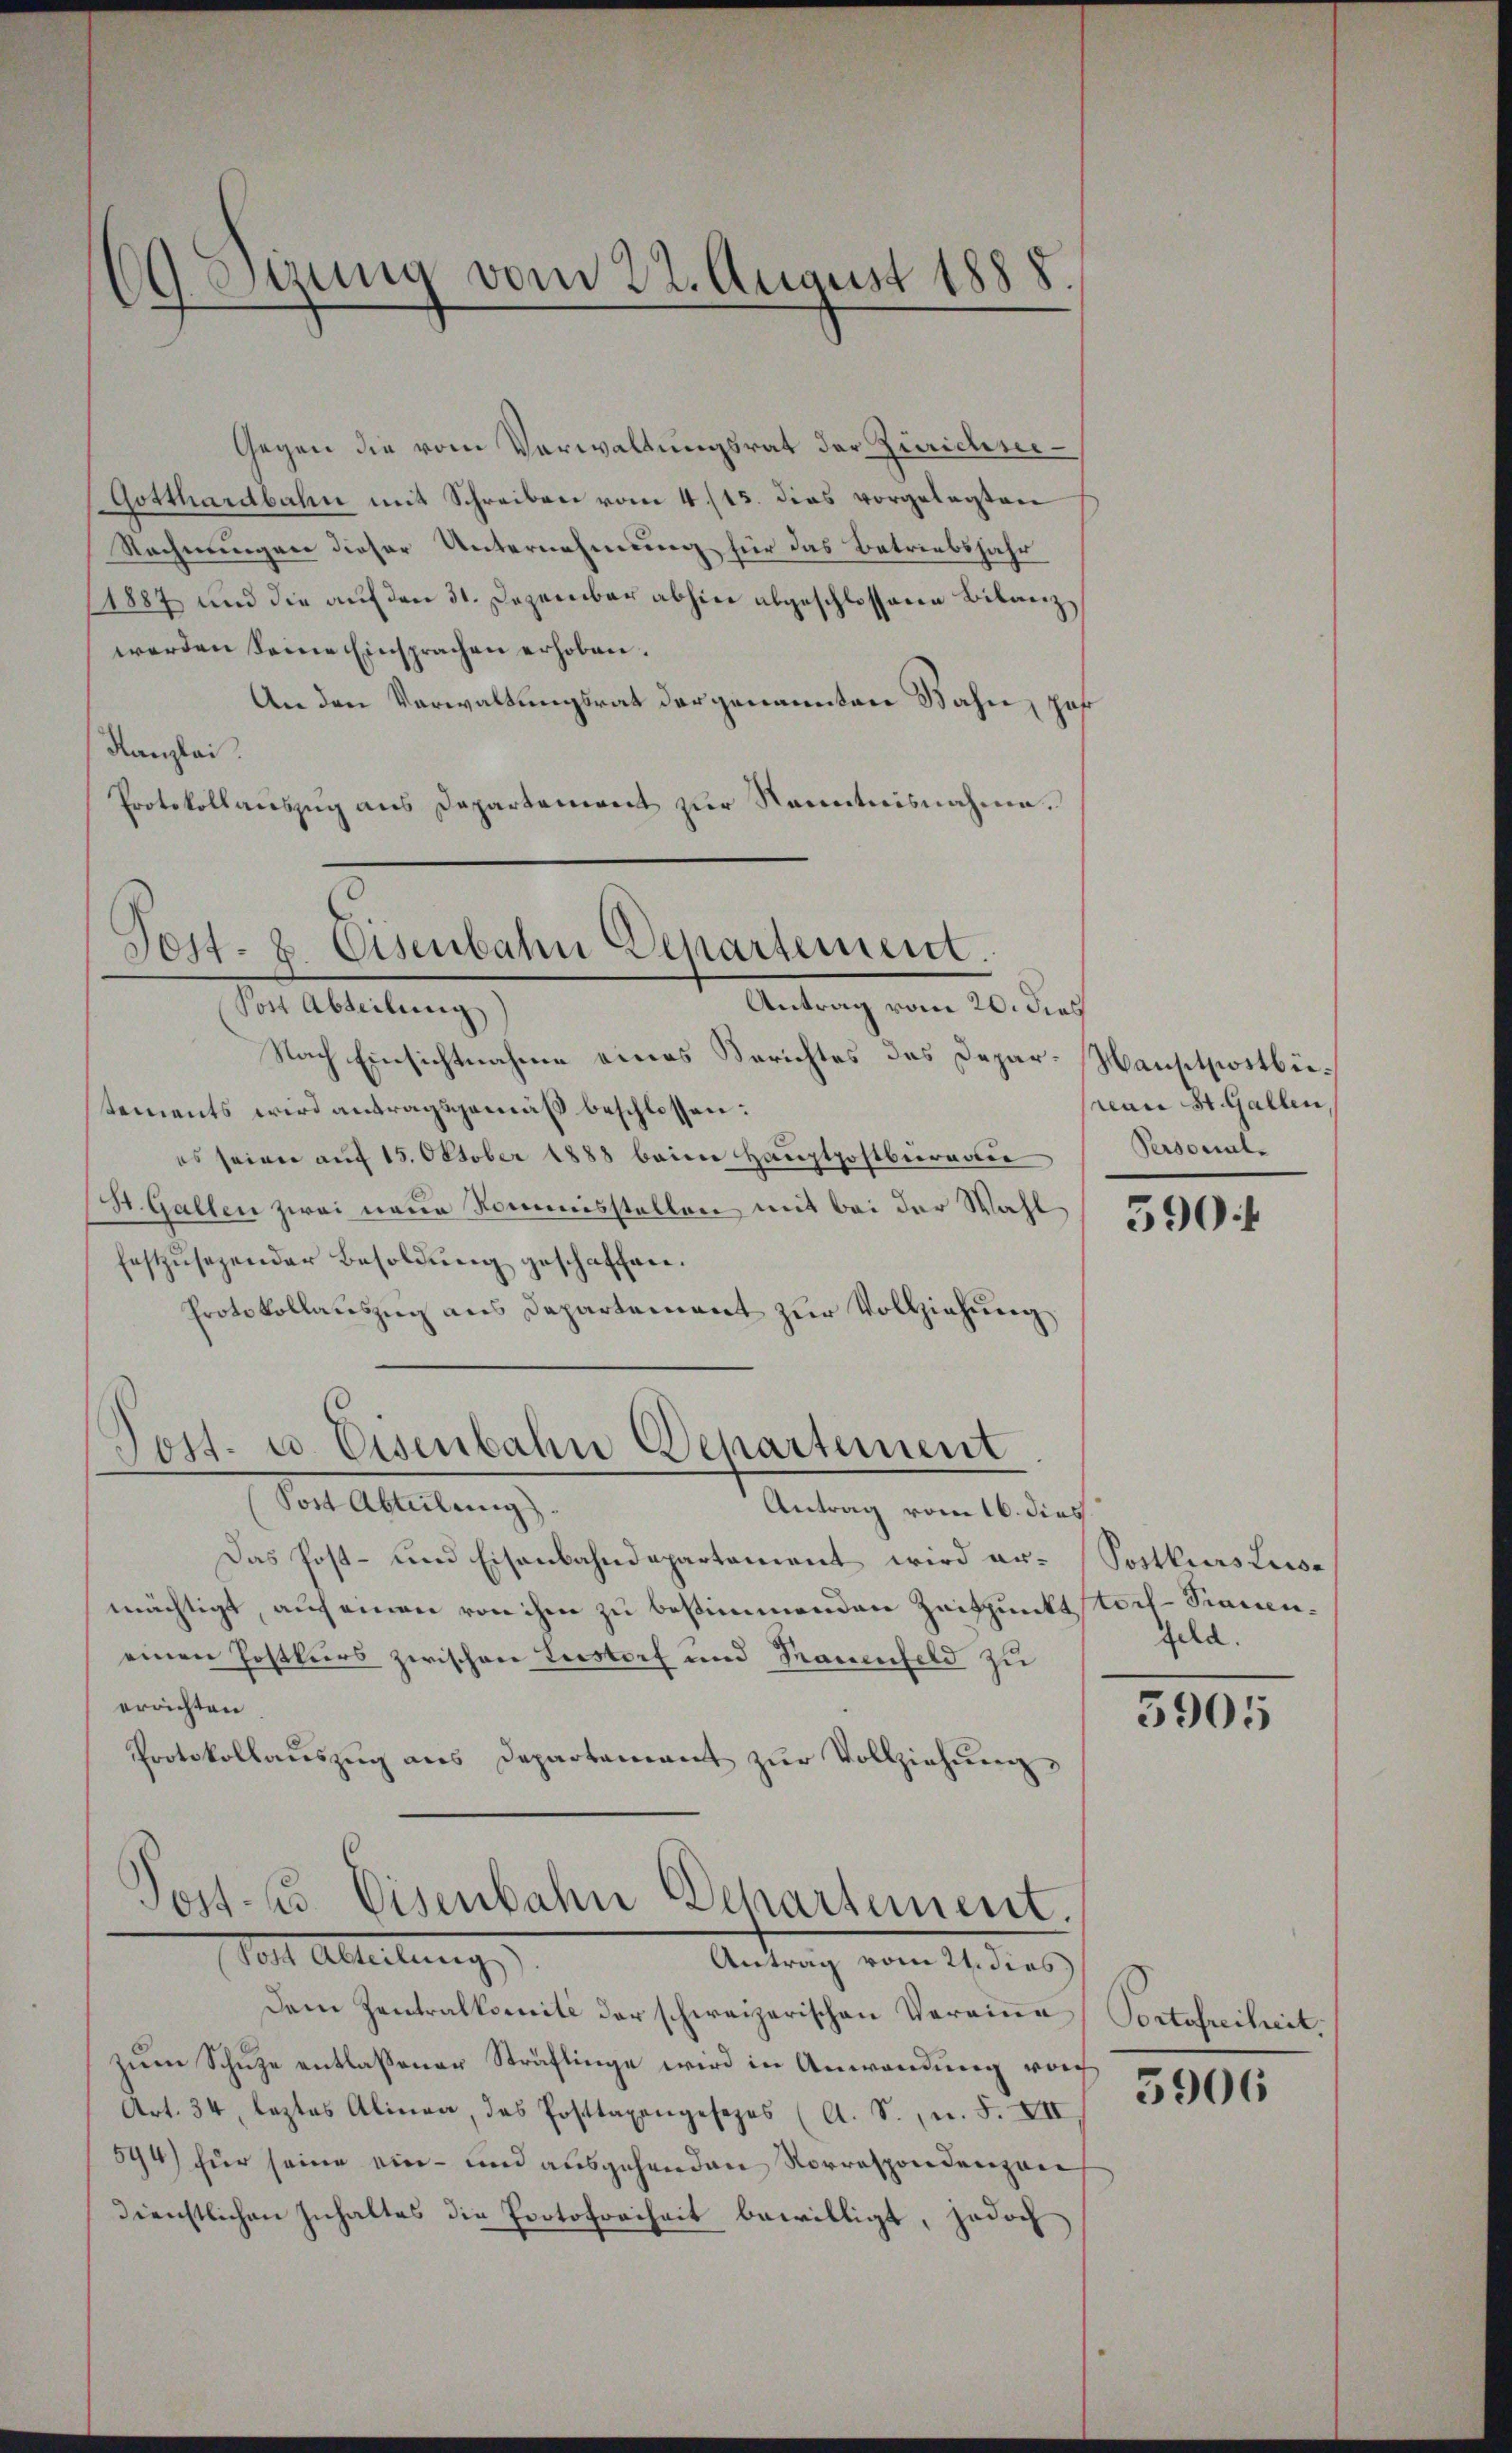
CG. Sigung vom 22. August 1888.

Gegen die vom Verwaltungsrat der Zürichser¬
Gotthardbahn mit Schreiben vom 4. 115. dies vorgelegten
Rechnungen dieser Unternehmung für das Betriebsjahr
1887 und die auf den 31. Dezember abhin abgeschlossene Bilanzwerden seine Einsprachen erhoben.
An den Verwaltungsrat der genannten Bahn, Joh
Kanzlei.
Protokollauszug aus Departement zur Kenntnisnahme.
Nach Einsichtnahme eines Berichtes des Depar-Haustpostbetements wird antragsgemäß beschlossen:
es seien auf 15. Oktober 1888 beim Hauptpostbüreau
St. Gallen zwei neue Kommisstellen mit bei der Wahl
festzŭsezender Besoldŭng geschaffen.
Protokollauszug aus Departement zur Vollziehung
Post- u. Eisenbahn Departement
Post Abteilung
Antrag vom 16. dies
Das Post- und Eisenbahndepartement wird er-
mächtigt, auf einen von ihm zu bestimmenden Zeitpunkt tort-Traueneinen Postkurs zwischen Lustorf und Rauenfeld zu
errichten
Protokollaŭszŭg ans Departament zŭr Vollziehŭng

Jos. 8. Eisenbahn Departement.
Antrag vom 20. dies
Post Abteilung

Post- u. Eisenbahn Behartement.
Post Abteilung,
Antrag vom 21. dies

rean St. Gallen,
Personal-

Dem Zentralkomite der schweizerischen Veraine
zŭm Schule entlassener Sträflinge wird in Anwendung von
Art. 34, leztes Alinea, das Posttaxengesezes (A. S., n. F. XII
594) für seine ein- und ausgehenden Vorrespondenzan
dienstlichen Inhaltes die Protofreiheit bewilligt, jedoch

390 f

Postkurs Luise
feld.

5905

Portofreiheit,
3906